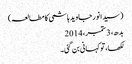
(سیدانورجاوید ہاشمی کا مطالعہ)
بدھ، 3 ستمبر، 2014
لکھا، تو کہانی بن گئی۔